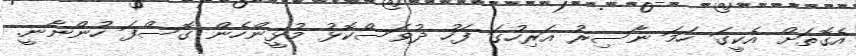
އެގޮތަށް އެކީގަ ހަމަ ނާސިރު އަރިހުގަ ފަހު ދުވަސްކޮޅު މުޅީންހެން ގޮސްފަ ހުންނާނީ.